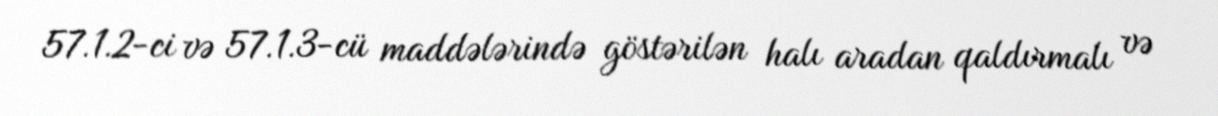
57.1.2-ci və 57.1.3-cü maddələrində göstərilən halı aradan qaldırmalı və